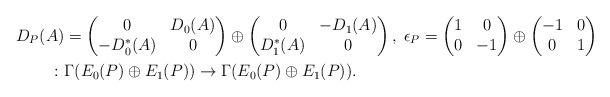
LaTeX: \begin{align*}D_P(A)&=\begin{pmatrix} 0&D_0(A)\\-D^*_0(A)&0 \end{pmatrix} \oplus \begin{pmatrix} 0&-D_1(A)\\D^*_1(A)&0 \end{pmatrix} , \;\epsilon_P =\begin{pmatrix}1&0\\0&-1\end{pmatrix}\oplus \begin{pmatrix}-1&0\\0&1\end{pmatrix} \\ \colon &\Gamma(E_0(P) \oplus E_1(P)) \to \Gamma(E_0(P) \oplus E_1(P)).\end{align*}